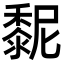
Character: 𪏸